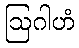
ဩဂါဟံ